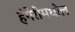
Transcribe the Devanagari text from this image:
हंगेरीमधील